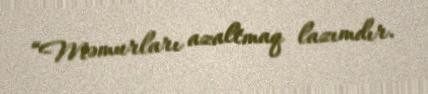
“Məmurları azaltmaq lazımdır.